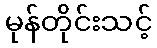
မုန်တိုင်းသင့်